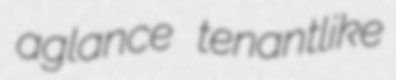
aglance tenantlike